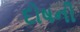
દોષની